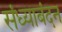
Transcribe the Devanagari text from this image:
संध्याबंदन